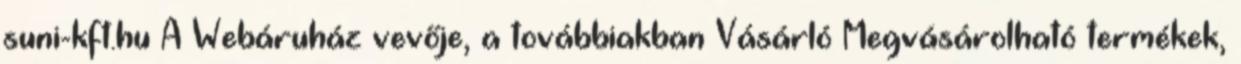
suni-kft.hu A Webáruház vevője, a továbbiakban Vásárló Megvásárolható termékek,